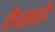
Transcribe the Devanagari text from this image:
तैसई